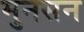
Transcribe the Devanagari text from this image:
मुनसन